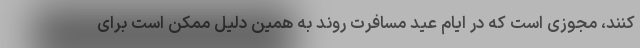
کنند، مجوزی است که در ایام عید مسافرت روند به همین دلیل ممکن است برای